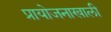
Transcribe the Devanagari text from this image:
प्रायोजनाखाली